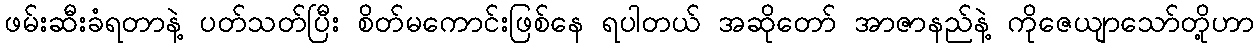
ဖမ်းဆီးခံရတာနဲ့ ပတ်သတ်ပြီး စိတ်မကောင်းဖြစ်နေ ရပါတယ် အဆိုတော် အာဇာနည်နဲ့ ကိုဇေယျာသော်တို့ဟာ